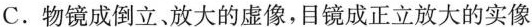
C.物镜成倒立、放大的虚像，目镜成正立放大的实像